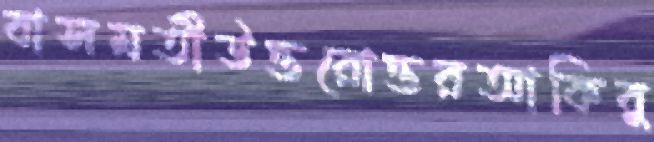
বাসমতীউত্তরোত্তরআকিবু